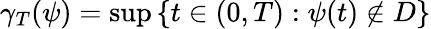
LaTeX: \gamma_{T}(\psi)=\operatorname*{sup}\left\{ t\in(0,T):\psi(t)\notin D\right\}